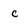
Character: c